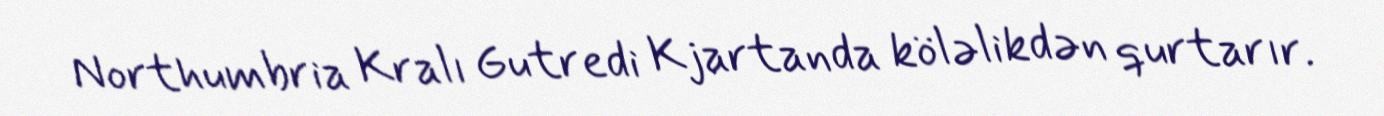
Northumbria Kralı Gutredi Kjartanda köləlikdən qurtarır.